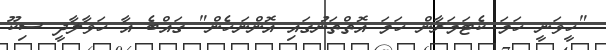
"ހީވަނީ ހަމަ ކެޓަމަރާން ހަމަ އޮތްތަނުގައި އޮންނަހެން" ގައްބެ އާ ހަވާލާދީ ސިކޫ